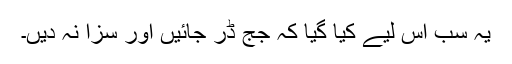
یہ سب اس لیے کیا گیا کہ جج ڈر جائیں اور سزا نہ دیں۔